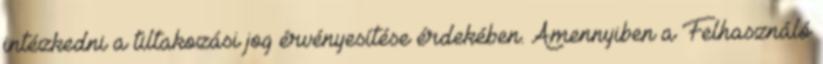
intézkedni a tiltakozási jog érvényesítése érdekében. Amennyiben a Felhasználó